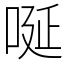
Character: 唌